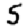
Digit: 5